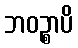
ဘဝဉ္စာပိ